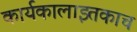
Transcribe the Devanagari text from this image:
कार्यकालाइतकाच